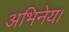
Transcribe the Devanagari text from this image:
अभिनेय।